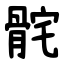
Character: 䯔